Report on malaria in the Punjab during the year ...  together with an account of the work of the Punjab Malaria Bureau - Volume 6
Disease focus: Malaria
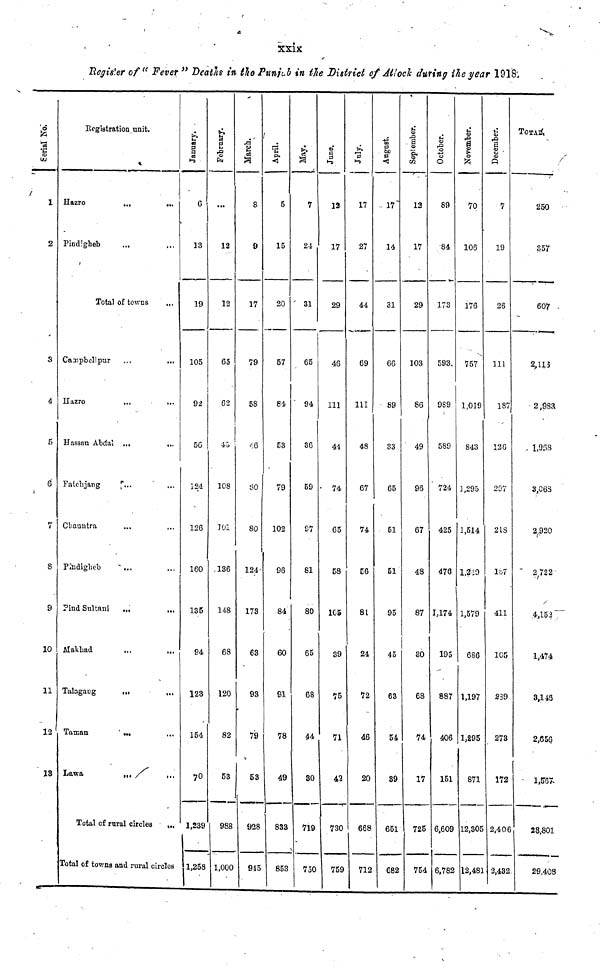
xxix
Register of " Fever " Death in the Punjab in the District of Atloch during the year 1918.
Serial No.
1
2
3
4
5
6
7
8
9
10
11
12
13
Registration unit.
Hazro
Pindigheb
...
...
Total of towns
Campbell pur
Hazro
Hassan Abdai
Fatchjang
Chauntra
Pindigheb
Pind Sultani
Makhad
Talagang
Taman
Lawa
...
...
...
...
...
...
...
...
...
...
...
...
...
...
...
...
...
...
...
...
...
...
...
...
...
Total of rural circles
...
Total of towns and rural circles
January.
6
13
19
105
92
56
124
126
160
135
94
123
154
70
1,239
1,258
February.
...
13
12
65
62
43
108
101
136
148
68
120
82
53
988
1,000
March.
8
9
17
79
58
46
80
80
124
173
63
93
79
53
928
915
April.
5
15
20
57
84
53
79
102
96
84
60
91
78
49
833
853
May.
7
24
31
65
94
36
59
97
81
80
65
68
44
30
719
750
June.
12
17
29
46
111
41
74
65
58
105
39
75
71
42
730
759
July
17
27
44
69
111
48
67
74
56
81
24
72
46
20
668
712
August.
17
14
31
66
89
33
65
51
51
95
45
63
54
39
651
682
September.
12
17
29
103
86
49
96
67
48
87
30
68
74
17
725
754
October.
89
84
173
593
989
589
724
425
476
1,174
195
887
406
151
6,609
6,782
November
70
106
176
757
1,019
843
1,295
1,514
1,219
1,579
686
1,197
1,295
871
12,305
12,481
December.
7
19
26
111
187
126
297
218
187
411
105
289
273
172
2,406
2,432
TOTAL.
250
357
607
2,113
2,983
1,968
3,068
2,920
2,722
4,153
1,474
3,143
2,656
1,567
28,801
29,408